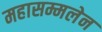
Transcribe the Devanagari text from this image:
महासम्मलेन